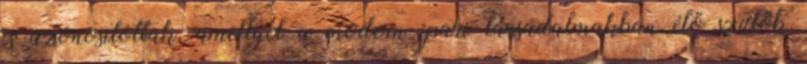
is azonosítottak, amellyel a modern ipari társadalmakban élő szülők